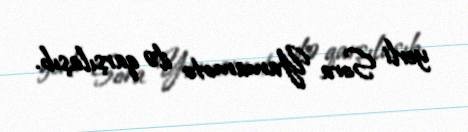
yerli Sora Yamamoto ilə qarşılaşıb.